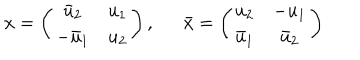
LaTeX: x = \left( \begin{array} { c c } { { \bar { u } _ { 2 } } } & { { u _ { 1 } } } \\ { { - \bar { u } _ { 1 } } } & { { u _ { 2 } } } \\ \end{array} \right) , \bar { x } = \left( \begin{array} { c c } { { u _ { 2 } } } & { { - u _ { 1 } } } \\ { { \bar { u } _ { 1 } } } & { { \bar { u } _ { 2 } } } \\ \end{array} \right)